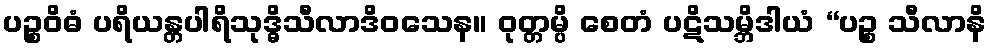
ပဉ္စဝိဓံ ပရိယန္တပါရိသုဒ္ဓိသီလာဒိဝသေန။ ဝုတ္တမ္ပိ စေတံ ပဋိသမ္ဘိဒါယံ “ပဉ္စ သီလာနိ